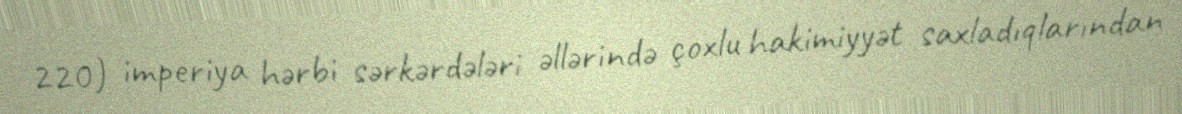
220) imperiya hərbi sərkərdələri əllərində çoxlu hakimiyyət saxladıqlarından